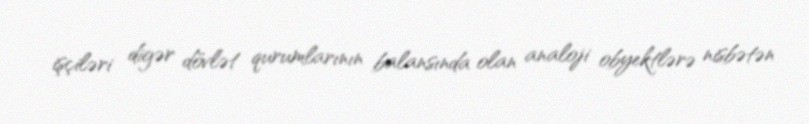
işçiləri digər dövlət qurumlarının balansında olan analoji obyektlərə nisbətən